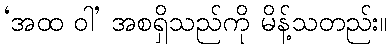
‘အထ ဝါ’ အစရှိသည်ကို မိန့်သတည်း။